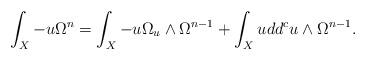
LaTeX: \begin{align*}\int_X -u \Omega^n =\int_X -u \Omega_u \wedge \Omega^{n-1} + \int_X u dd^c u \wedge\Omega^{n-1}.\end{align*}